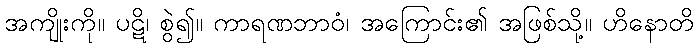
အကျိုးကို။ ပဋိ၊ စွဲ၍။ ကာရဏဘာဝံ၊ အကြောင်း၏ အဖြစ်သို့။ ဟိနောတိ